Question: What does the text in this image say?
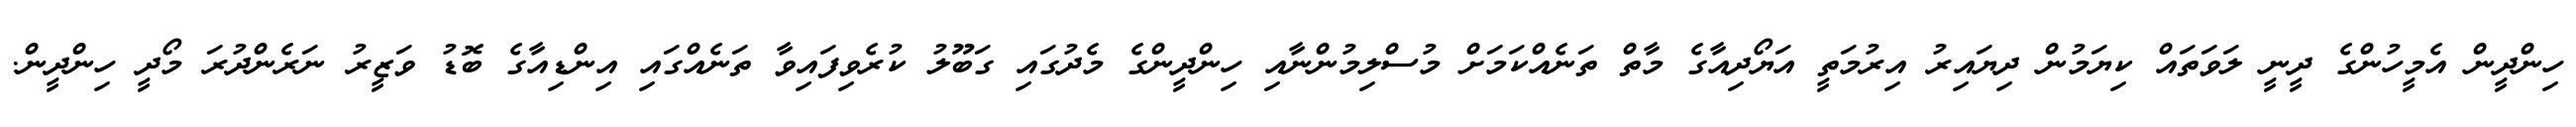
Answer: ހިންދީން އެމީހުންގެ ދީނީ ލަވަތައް ކިޔަމުން ދިޔައިރު އިރުމަތީ އަޔޯދިއާގެ މާތް ތަނެއްކަމަށް މުސްލިމުންނާއި ހިންދީންގެ މެދުގައި ގަބޫލު ކުރެވިފައިވާ ތަނެއްގައި އިންޑިއާގެ ބޮޑު ވަޒީރު ނަރެންދުރަ މޯދީ ހިންދީން.